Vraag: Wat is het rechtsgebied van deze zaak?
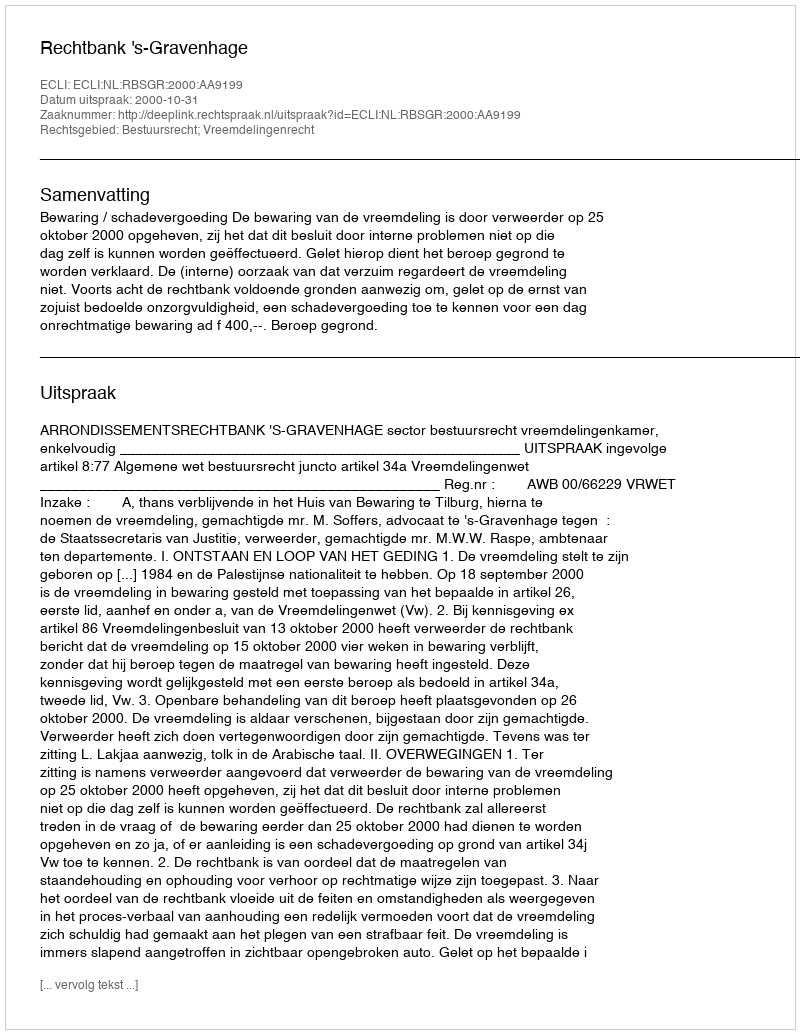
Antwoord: Bestuursrecht; Vreemdelingenrecht